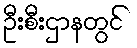
ဦးစီးဌာနတွင်